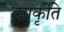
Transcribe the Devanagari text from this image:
सांकृति